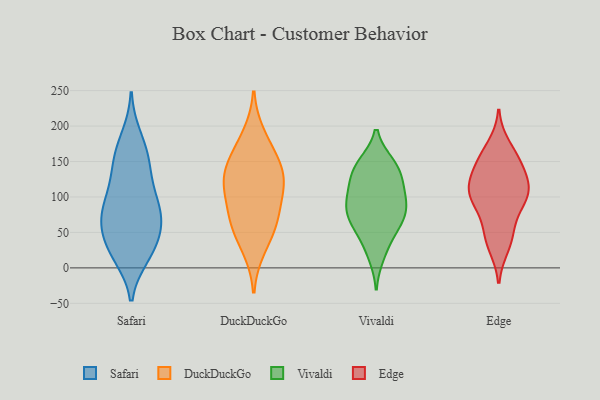
{"axis": {"x": "Conversion Rate (%)", "y": "Value"}, "legend": ["DuckDuckGo", "Edge", "Safari", "Vivaldi"], "data": [{"x": "", "y": 68, "type": "Safari"}, {"x": "", "y": 99, "type": "Safari"}, {"x": "", "y": 27, "type": "Safari"}, {"x": "", "y": 62, "type": "Safari"}, {"x": "", "y": 142, "type": "Safari"}, {"x": "", "y": 82, "type": "Safari"}, {"x": "", "y": 148, "type": "Safari"}, {"x": "", "y": 70, "type": "Safari"}, {"x": "", "y": 103, "type": "Safari"}, {"x": "", "y": 100, "type": "Safari"}, {"x": "", "y": 50, "type": "Safari"}, {"x": "", "y": 146, "type": "Safari"}, {"x": "", "y": 185, "type": "Safari"}, {"x": "", "y": 22, "type": "Safari"}, {"x": "", "y": 61, "type": "Safari"}, {"x": "", "y": 170, "type": "Safari"}, {"x": "", "y": 22, "type": "Safari"}, {"x": "", "y": 17, "type": "Safari"}, {"x": "", "y": 149, "type": "DuckDuckGo"}, {"x": "", "y": 120, "type": "DuckDuckGo"}, {"x": "", "y": 104, "type": "DuckDuckGo"}, {"x": "", "y": 120, "type": "DuckDuckGo"}, {"x": "", "y": 64, "type": "DuckDuckGo"}, {"x": "", "y": 157, "type": "DuckDuckGo"}, {"x": "", "y": 186, "type": "DuckDuckGo"}, {"x": "", "y": 60, "type": "DuckDuckGo"}, {"x": "", "y": 72, "type": "DuckDuckGo"}, {"x": "", "y": 28, "type": "DuckDuckGo"}, {"x": "", "y": 128, "type": "DuckDuckGo"}, {"x": "", "y": 146, "type": "Vivaldi"}, {"x": "", "y": 32, "type": "Vivaldi"}, {"x": "", "y": 86, "type": "Vivaldi"}, {"x": "", "y": 87, "type": "Vivaldi"}, {"x": "", "y": 62, "type": "Vivaldi"}, {"x": "", "y": 96, "type": "Vivaldi"}, {"x": "", "y": 127, "type": "Vivaldi"}, {"x": "", "y": 127, "type": "Vivaldi"}, {"x": "", "y": 92, "type": "Vivaldi"}, {"x": "", "y": 70, "type": "Vivaldi"}, {"x": "", "y": 17, "type": "Vivaldi"}, {"x": "", "y": 147, "type": "Vivaldi"}, {"x": "", "y": 122, "type": "Vivaldi"}, {"x": "", "y": 61, "type": "Vivaldi"}, {"x": "", "y": 102, "type": "Vivaldi"}, {"x": "", "y": 147, "type": "Vivaldi"}, {"x": "", "y": 61, "type": "Vivaldi"}, {"x": "", "y": 102, "type": "Edge"}, {"x": "", "y": 42, "type": "Edge"}, {"x": "", "y": 48, "type": "Edge"}, {"x": "", "y": 31, "type": "Edge"}, {"x": "", "y": 148, "type": "Edge"}, {"x": "", "y": 100, "type": "Edge"}, {"x": "", "y": 111, "type": "Edge"}, {"x": "", "y": 130, "type": "Edge"}, {"x": "", "y": 153, "type": "Edge"}, {"x": "", "y": 113, "type": "Edge"}, {"x": "", "y": 149, "type": "Edge"}, {"x": "", "y": 75, "type": "Edge"}, {"x": "", "y": 102, "type": "Edge"}, {"x": "", "y": 105, "type": "Edge"}, {"x": "", "y": 171, "type": "Edge"}]}